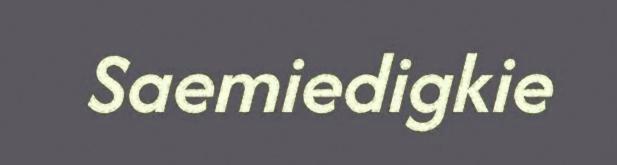
Saemiedigkie